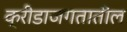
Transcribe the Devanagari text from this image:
क्रीडाजगतातील